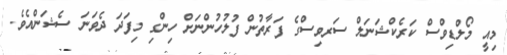
މިއީ މޯލްޑިވްސް ކަރެކްޝަނަލް ސަރވިސްގެ ފަރާތުން ފުލުހުންނަށް ހިންގި މިފަދަ ދެވަނަ ސެޝަންއެވެ.